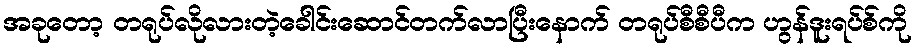
အခုတော့ တရုပ်လိုလားတဲ့ခေါင်းဆောင်တက်လာပြီးနောက် တရုပ်စီစီပီက ဟွန်ဒူးရပ်စ်ကို